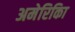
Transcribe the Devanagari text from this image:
अमेरिकिा